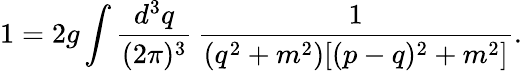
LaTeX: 1=2g\int\frac{d^{3}q}{(2\pi)^{3}}\, \frac{1}{(q^{2}+m^{2})[(p-q)^{2}+m^{2}]}.